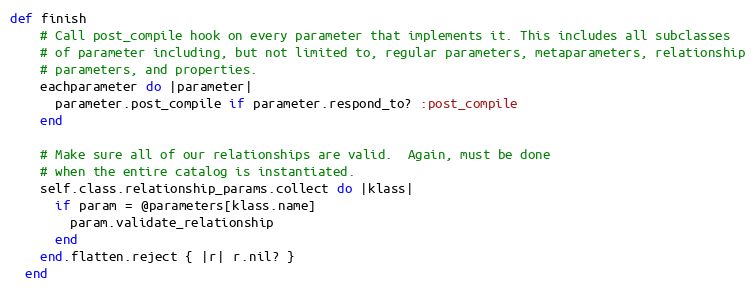
Language: Ruby
def finish
    # Call post_compile hook on every parameter that implements it. This includes all subclasses
    # of parameter including, but not limited to, regular parameters, metaparameters, relationship
    # parameters, and properties.
    eachparameter do |parameter|
      parameter.post_compile if parameter.respond_to? :post_compile
    end

    # Make sure all of our relationships are valid.  Again, must be done
    # when the entire catalog is instantiated.
    self.class.relationship_params.collect do |klass|
      if param = @parameters[klass.name]
        param.validate_relationship
      end
    end.flatten.reject { |r| r.nil? }
  end